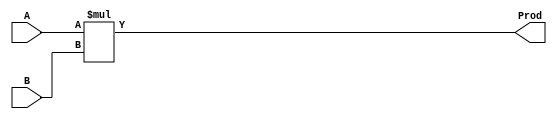
module BoothMultiplier8 (
    input signed [7:0] A,
    input signed [7:0] B,
    output signed [15:0] Prod
);

    reg signed [15:0] result;

    always @* begin
        result = A * B;
    end

    assign Prod = result;

endmodule